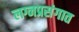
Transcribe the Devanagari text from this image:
लग्नप्रसंगात